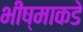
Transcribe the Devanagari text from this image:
भीष्माकडे